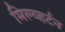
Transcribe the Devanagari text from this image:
मिल्व्हर्टन